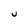
Character: U